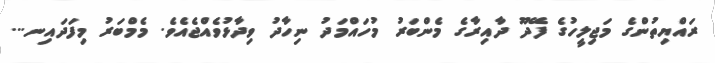
ރައްޔިތުންގެ މަޖިލީހުގެ ފޭދޫ ދާއިރާގެ މެންބަރު މުހައްމަދު ނިހާދު ވިދާޅުވެއްޖެއެވެ. މެމްބަރު މިފަދައިނ...